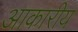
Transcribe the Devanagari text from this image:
आकारीय